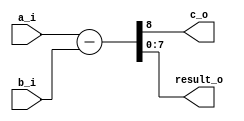
`timescale 1ns/10ps

module sub(a_i, b_i, c_o, result_o);

input [7:0]a_i;

input [7:0]b_i;

output [7:0]result_o;
 
output c_o;


assign {c_o, result_o} = a_i - b_i;

endmodule